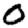
Digit: 0